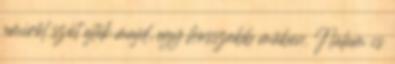
amiről szót ejtek majd, egy hosszabb műben. Nálam is